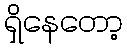
ရှိနေတော့